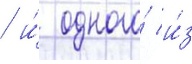
/ и́ одного́ и́з